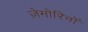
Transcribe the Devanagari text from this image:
ज़ेमोरिनों